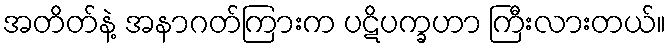
အတိတ်နဲ့ အနာဂတ်ကြားက ပဋိပက္ခဟာ ကြီးလားတယ်။